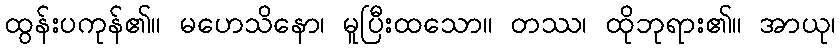
ထွန်းပကုန်၏။ မဟေသိနော၊ မူပြီးထသော။ တဿ၊ ထိုဘုရား၏။ အာယု၊